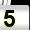
Digit: 5